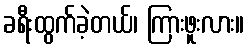
ခရီးထွက်ခဲ့တယ်၊ ကြားဖူးလား။